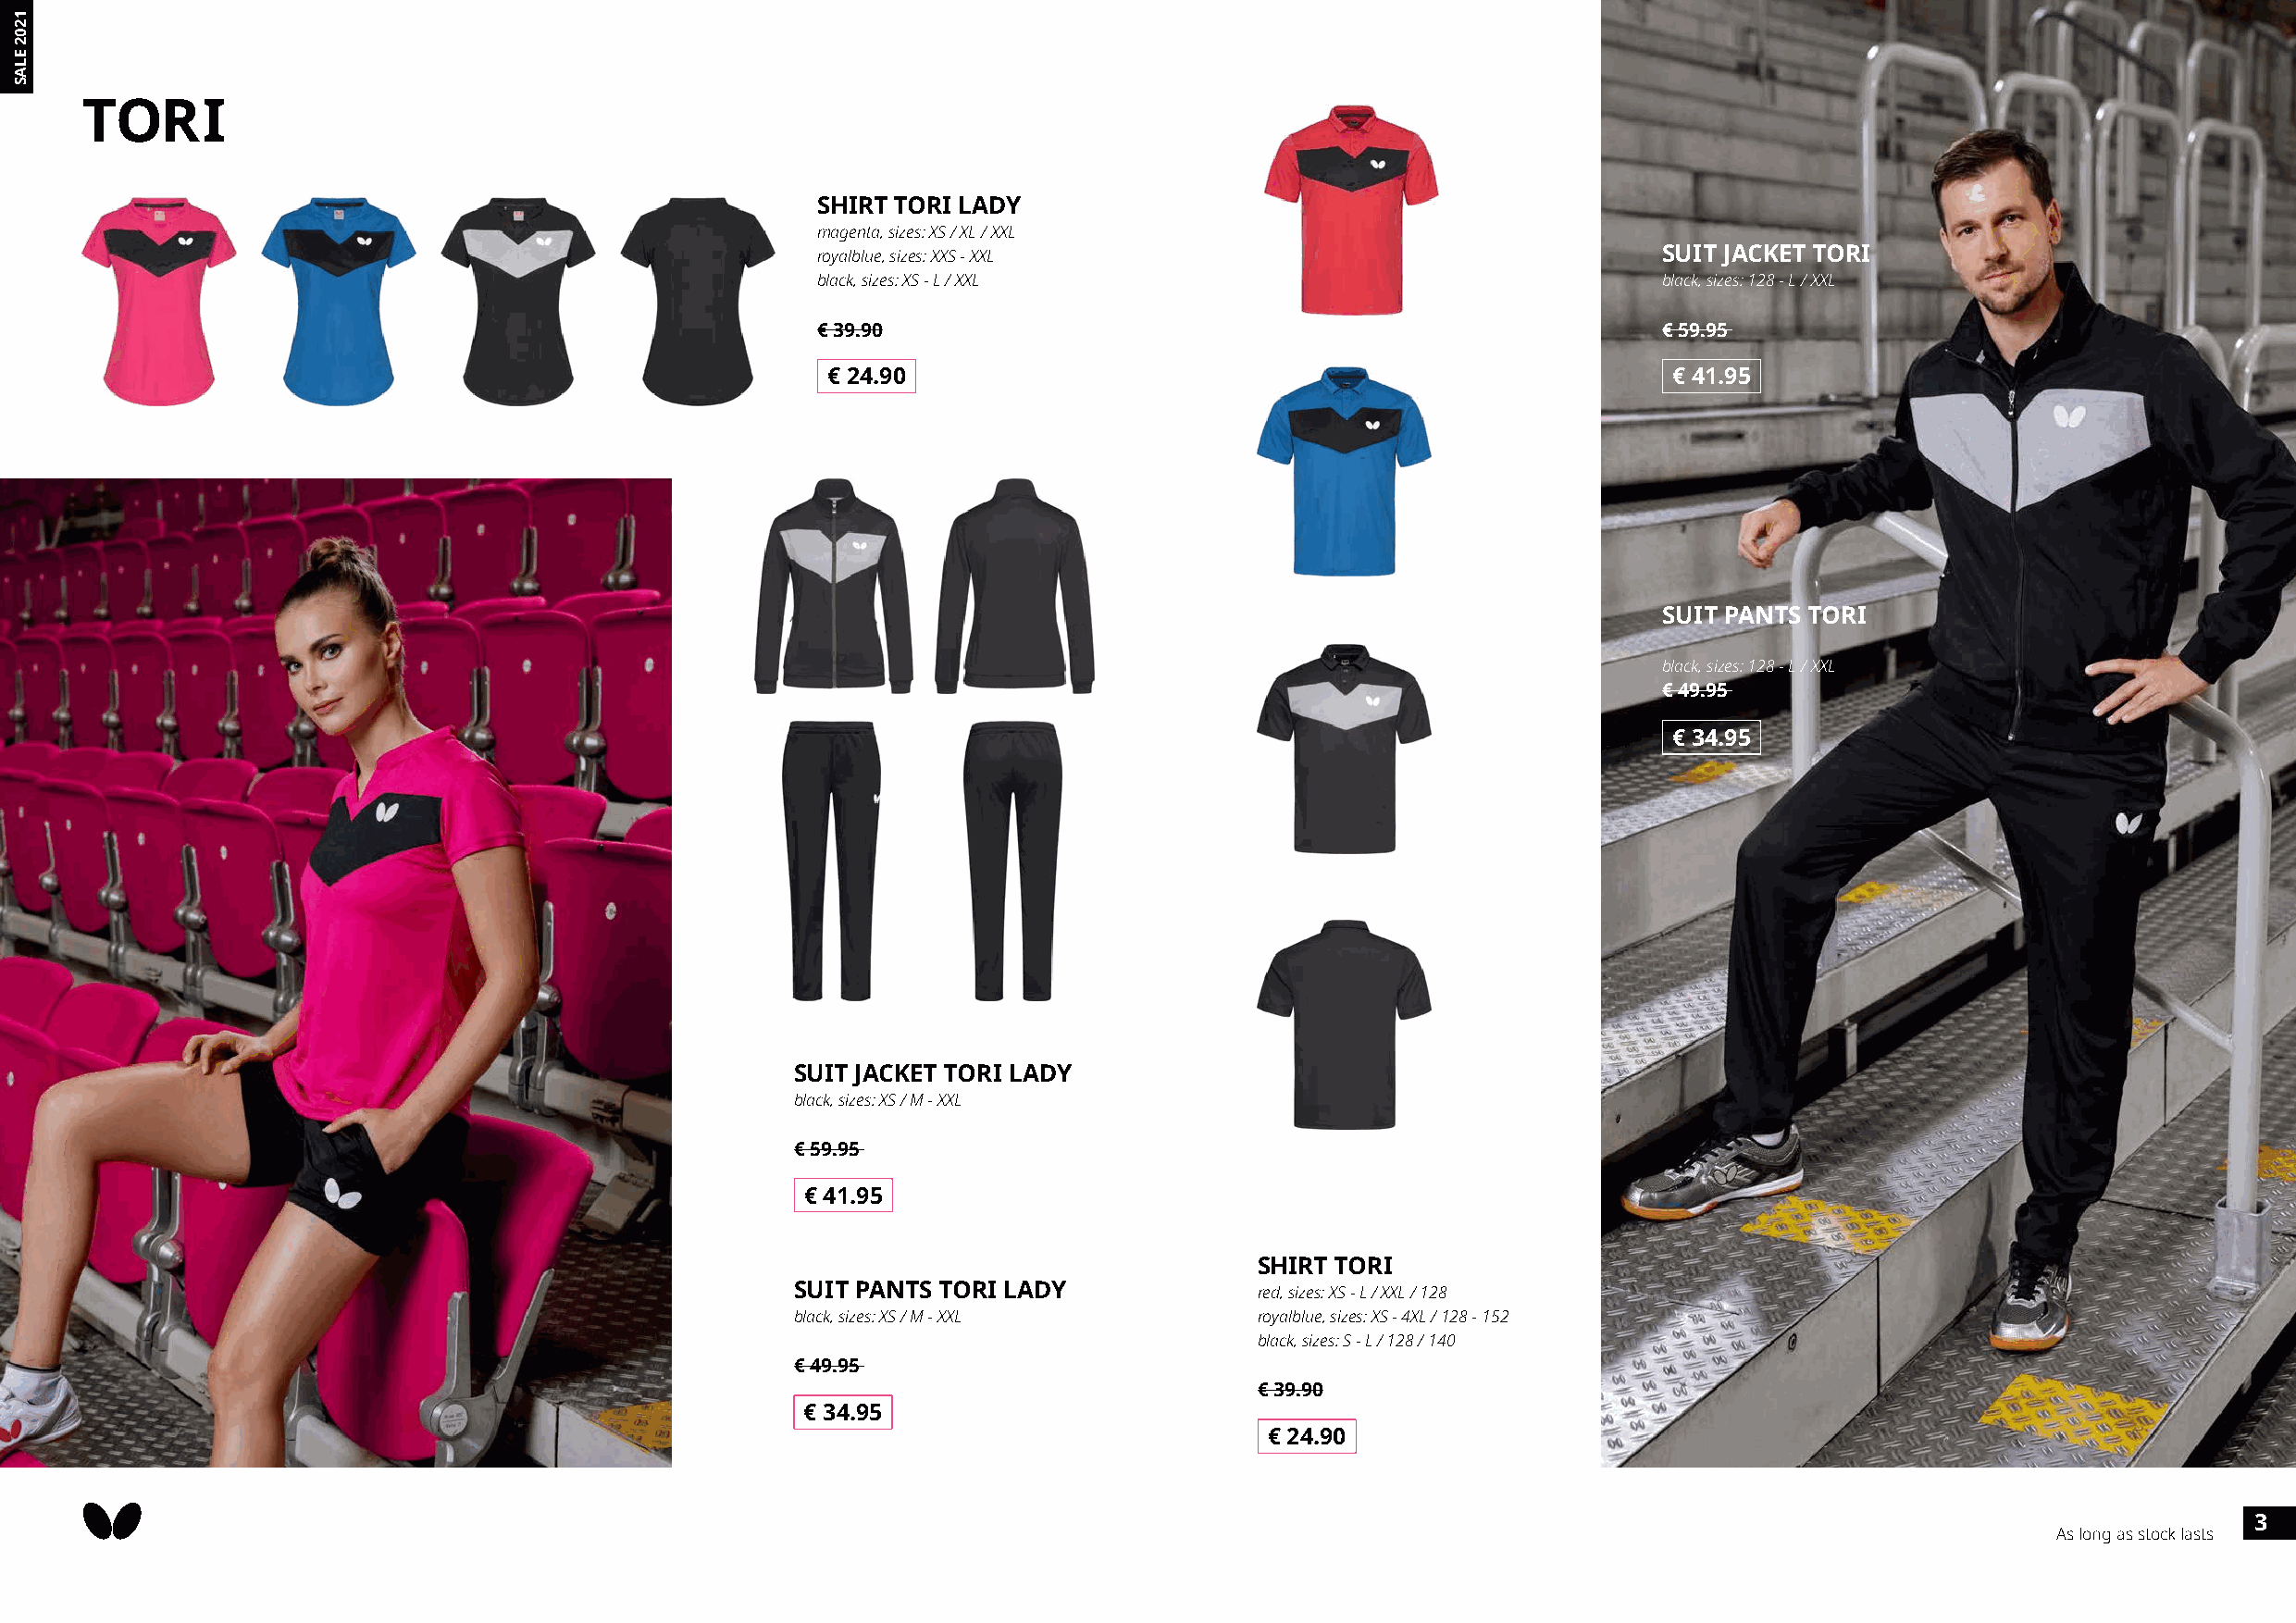
TORI
 SHIRT TORI LADY
 magenta, sizes: XS / XL / XXL
 royalblue, sizes: XXS - XXL                                  SUIT JACKET TORI
 black, sizes: XS - L / XXL                                   black, sizes: 128 - L / XXL
 € 39.90                                                      € 59.95
 € 24.90                                                      € 41.95
 SUIT PANTS TORI
 black, sizes: 128 - L / XXL
 € 49.95
 € 34.95
 SUIT JACKET TORI LADY
 black, sizes: XS / M - XXL
 € 59.95
 € 41.95
 SHIRT TORI
 SUIT PANTS TORI LADY             red, sizes: XS - L / XXL / 128
 black, sizes: XS / M - XXL       royalblue, sizes: XS - 4XL / 128 - 152
 black, sizes: S - L / 128 / 140
 € 49.95
 € 39.90
 € 34.95
 € 24.90
 3
 As long as stock lasts
 1202
 ELAS